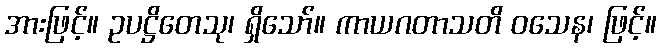
အားဖြင့်။ ဥပဋ္ဌိတေသု၊ ရှိသော်။ ကာယဂတာသတိ ဝသေန၊ ဖြင့်။